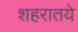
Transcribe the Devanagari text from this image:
शहरातये